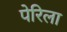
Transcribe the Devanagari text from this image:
पेरिला